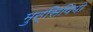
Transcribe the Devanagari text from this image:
मुन्सिपियो